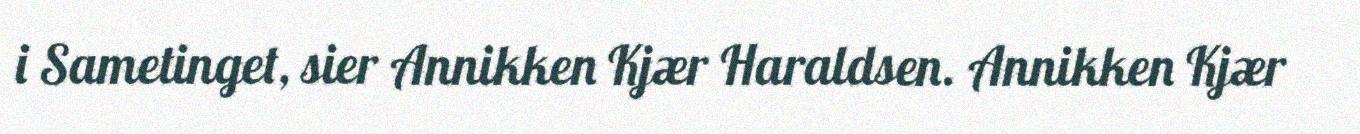
i Sametinget, sier Annikken Kjær Haraldsen. Annikken Kjær